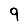
Digit: 9